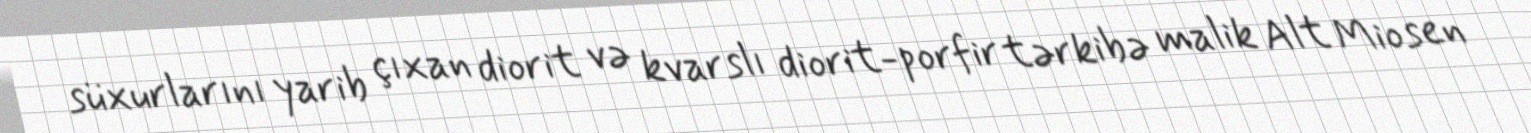
süxurlarını yarib çıxan diorit və kvarslı diorit-porfir tərkibə malik Alt Miosen